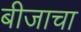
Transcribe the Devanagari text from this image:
बीजाचा